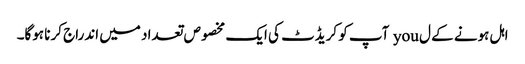
اہل ہونے کے ل you آپ کو کریڈٹ کی ایک مخصوص تعداد میں اندراج کرنا ہوگا۔